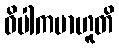
ဝိပါကမာဟူတိ